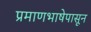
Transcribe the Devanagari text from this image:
प्रमाणभाषेपासून